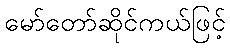
မော်တော်ဆိုင်ကယ်ဖြင့်